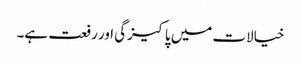
خیالات میں پاکیزگی اور رفعت ہے۔